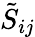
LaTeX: \tilde{S}_{ij}